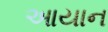
આયાન